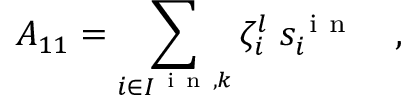
A _ { 1 1 } = \sum _ { i \in I ^ { \mathrm { ~ i ~ n ~ } , k } } \zeta _ { i } ^ { l } \; s _ { i } ^ { \mathrm { ~ i ~ n ~ } } \quad ,